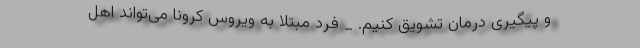
و پیگیری درمان تشویق کنیم. _ فرد مبتلا به ویروس کرونا می‌تواند اهل